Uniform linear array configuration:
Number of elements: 4
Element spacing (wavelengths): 0.5
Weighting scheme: binomial
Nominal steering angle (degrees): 15
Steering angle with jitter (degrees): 15.133
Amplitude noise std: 0.05
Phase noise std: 0.05

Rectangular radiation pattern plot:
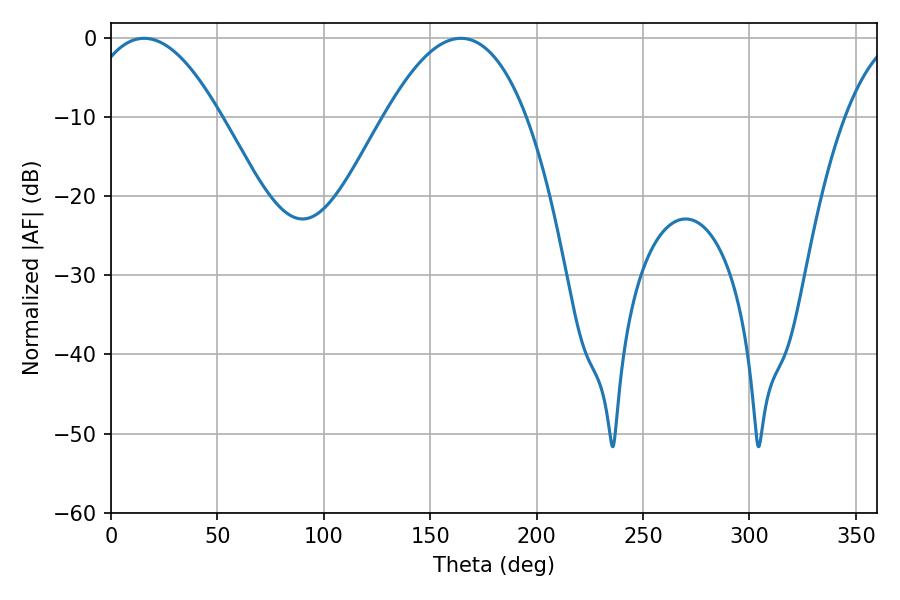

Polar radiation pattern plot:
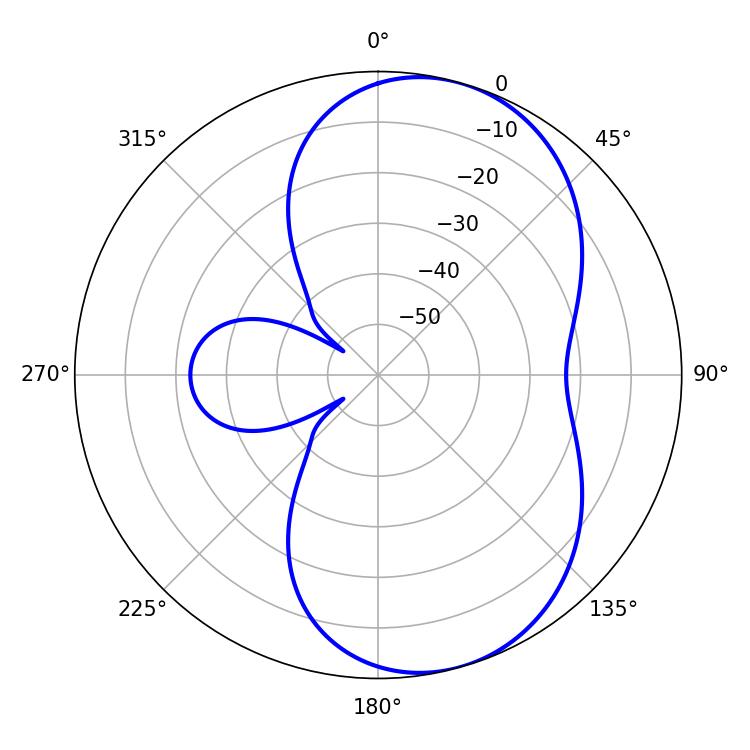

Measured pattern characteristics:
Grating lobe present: FALSE
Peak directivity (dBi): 6.982
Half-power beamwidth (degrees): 34.74
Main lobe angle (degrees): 15.48